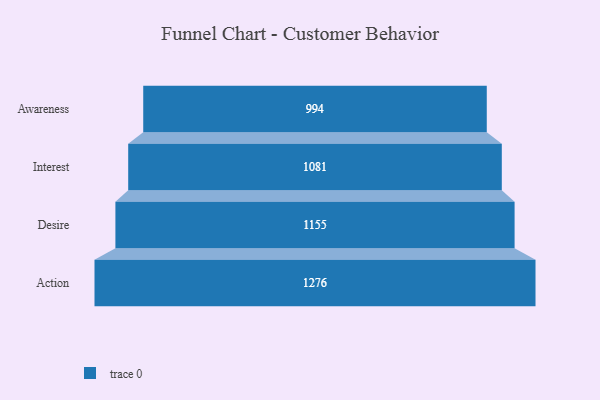
{"axis": {"x": "Stage", "y": "Value"}, "legend": [""], "data": [{"x": "Awareness", "y": 994.0, "type": ""}, {"x": "Interest", "y": 1081.0, "type": ""}, {"x": "Desire", "y": 1155.0, "type": ""}, {"x": "Action", "y": 1276.0, "type": ""}]}